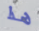
هذا